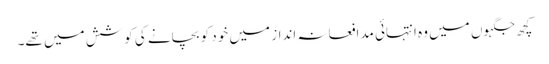
کچھ جگہوں میں وہ انتہائی مدافعانہ انداز میں خود کو بچانے کی کوشش میں تھے۔